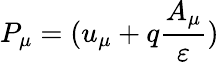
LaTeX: P_{\mu}=(u_{\mu}+q\frac{A_{\mu}}{\varepsilon})